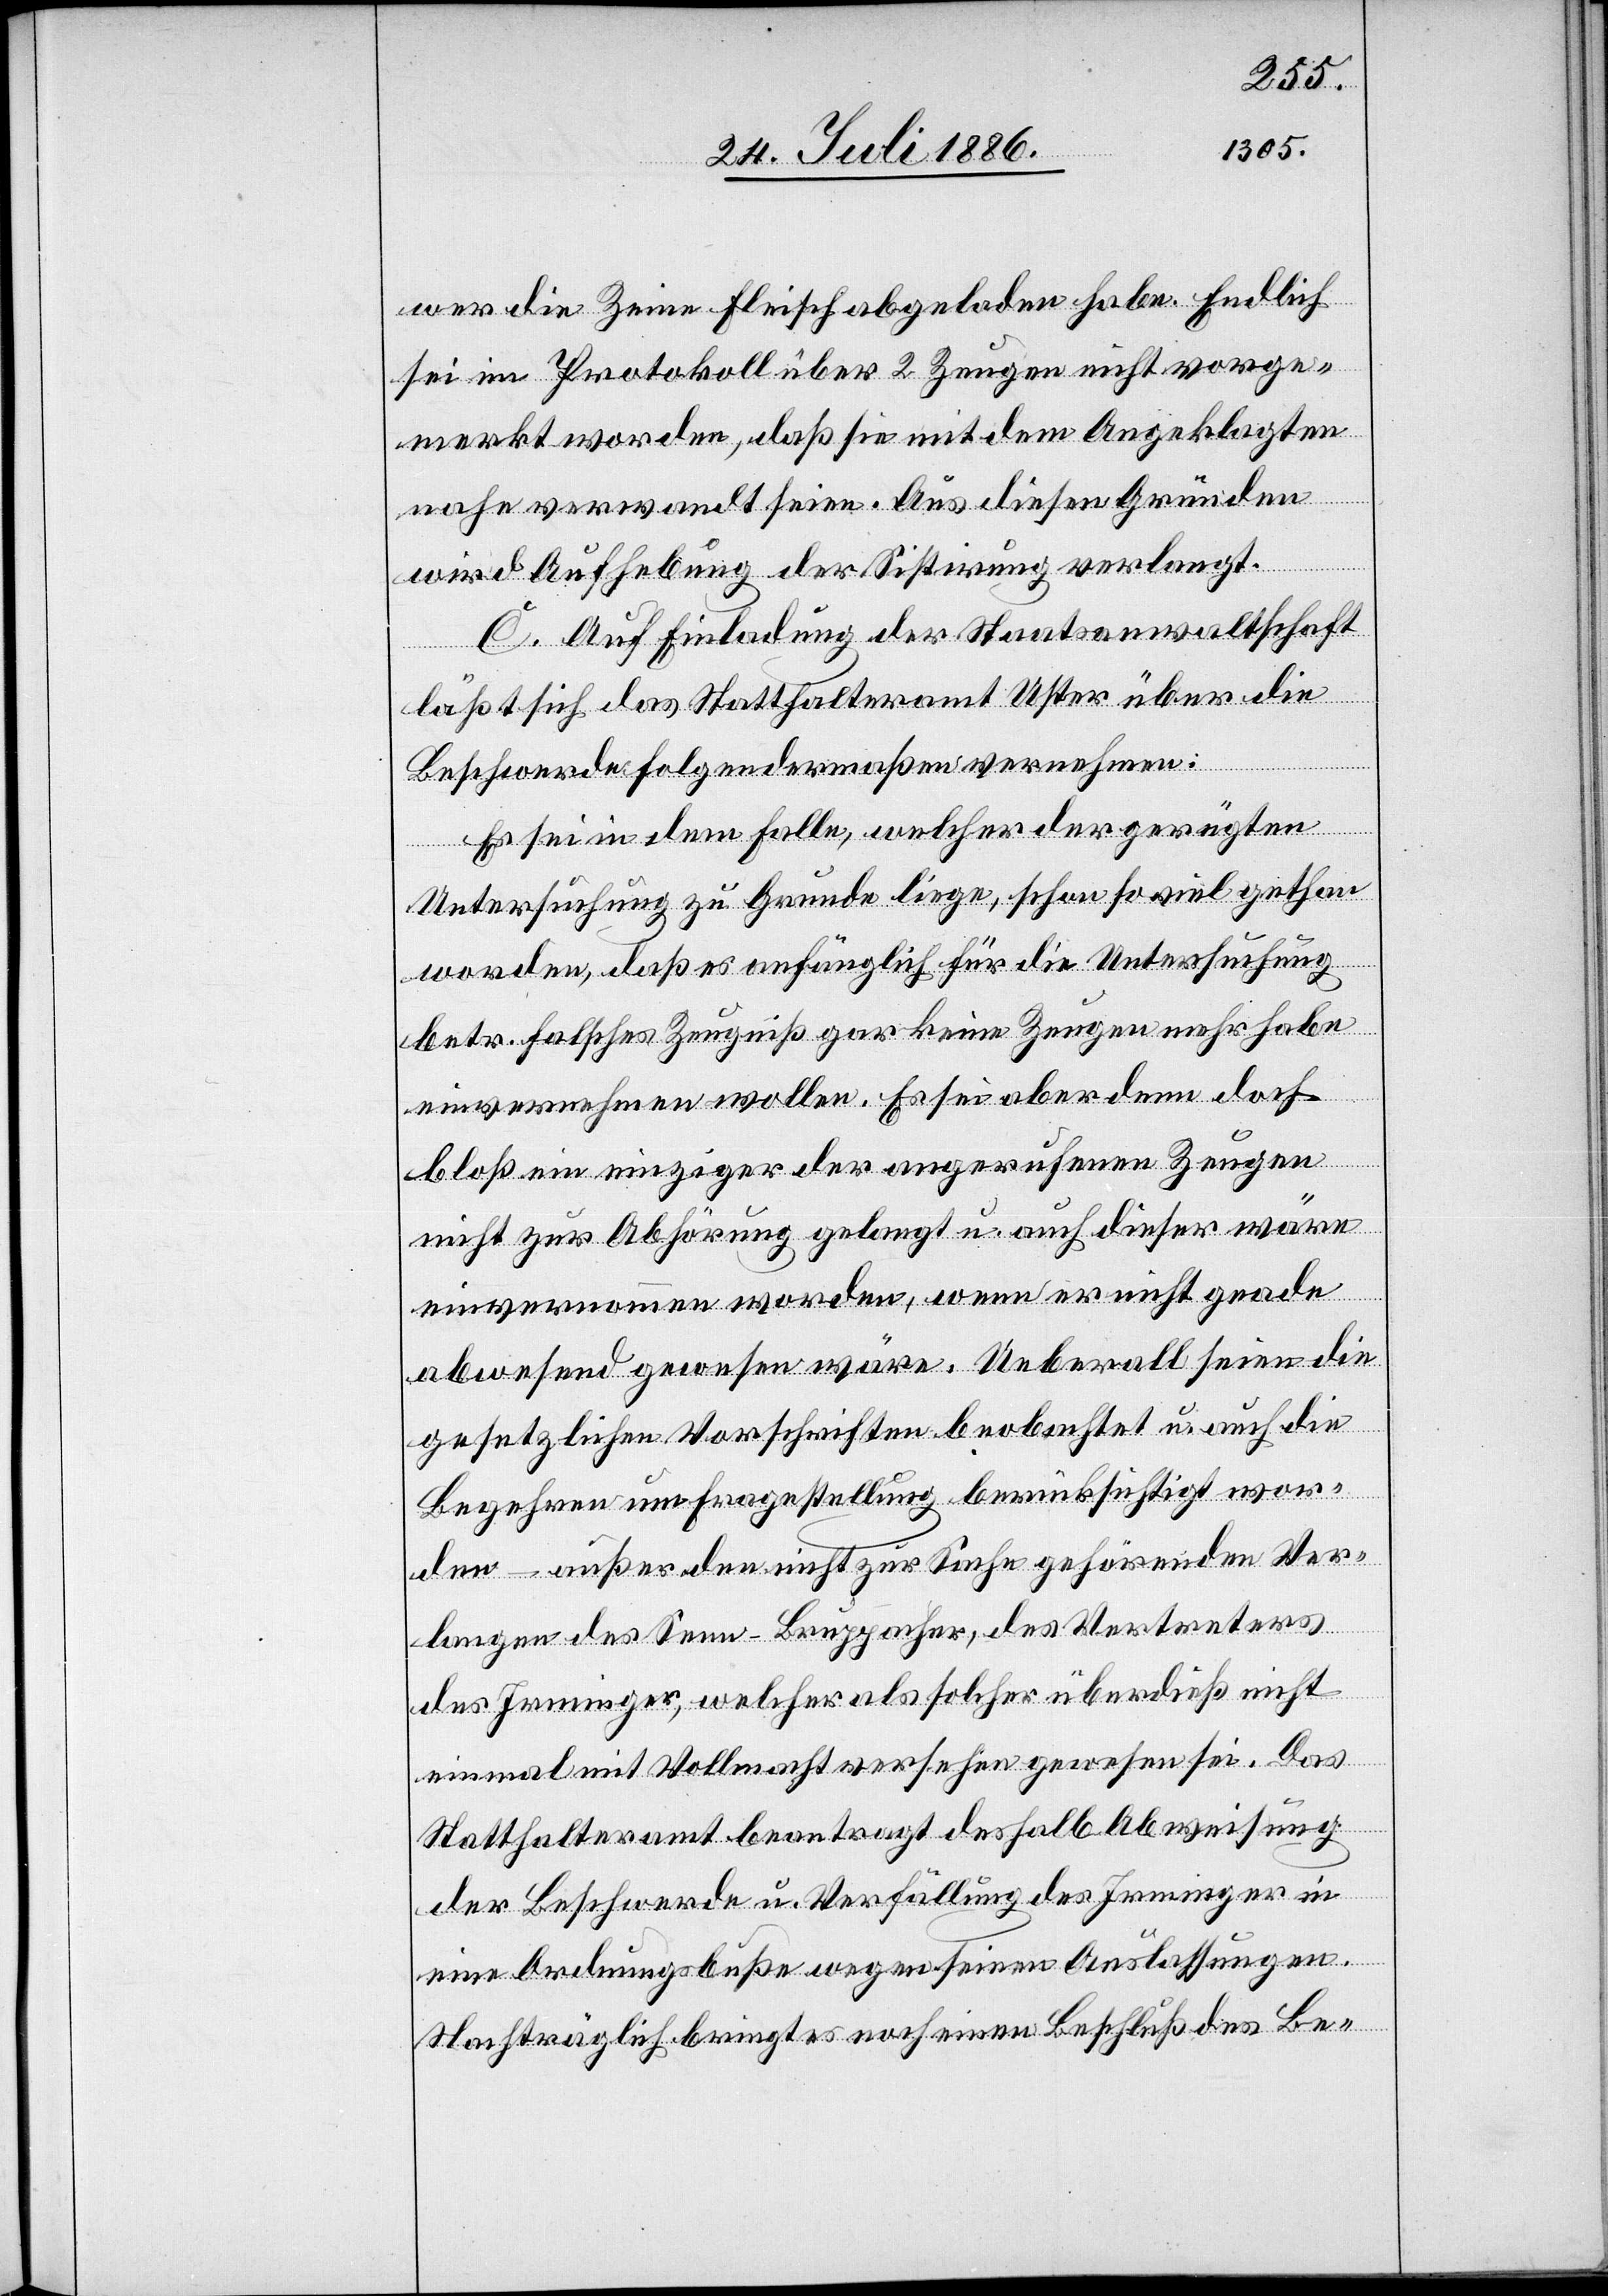
wer die Zeine Fleisch abgeladen habe. Endlich
sei im Protokoll über 2 Zeugen nicht vorge¬
merkt worden, daß sei mit dem Angeklagten
nahe verwandt seien. Aus diesen Gründen
wird Aufhebung der Sistirung verlangt.
C. Auf Einladung der Staatsanwaltschaft
läßt sich das Statthalteramt Uster über die
Beschwerde folgendermaßen vernehmen:
Es sei in dem Falle, welcher der gerügten
Untersuchung zu Grunde liege, schon so viel gethan
worden, daß es anfänglich für die Untersuchung
betr. falsches Zeugniß gar keine Zeugen mehr habe
einvernehmen wollen. Es sei aber dann doch
bloß ein einziger der angerufenen Zeugen
nicht zur Abhörung gelangt u. auch dieser wäre
einvernommen worden, wenn er nicht grade
abwesend gewesen wäre. Ueberall seien die
gesetzlichen Vorschriften beobachtet u. auch die
Begehren um Fragestellung berücksichtigt wor¬
den – außer den nicht zur Sache gehörenden Ver¬
langen des Senn-Bruppacher, des Vertreters
des Irminger, welcher als solcher überdieß nicht
einmal mit Vollmacht versehen gewesen sei. Das
Statthalteramt beantragt deshalb Abweisung
der Beschwerde u. Verfällung des Irminger in
eine Ordnungsbuße wegen seinen Auslassungen.
Nachträglich bringt es noch einen Beschluß des Be-